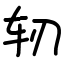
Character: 轫